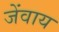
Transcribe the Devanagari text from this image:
जेंवाय